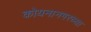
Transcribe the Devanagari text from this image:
कोयनानगरच्या